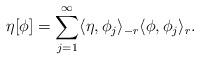
LaTeX: \begin{align*}\eta \lbrack \phi ]=\sum_{j=1}^{\infty }\langle \eta ,\phi _{j}\rangle_{-r}\langle \phi ,\phi _{j}\rangle _{r}. \end{align*}